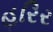
હરિર